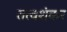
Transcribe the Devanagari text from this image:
तत्वशंकर